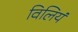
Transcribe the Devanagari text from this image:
विलियं